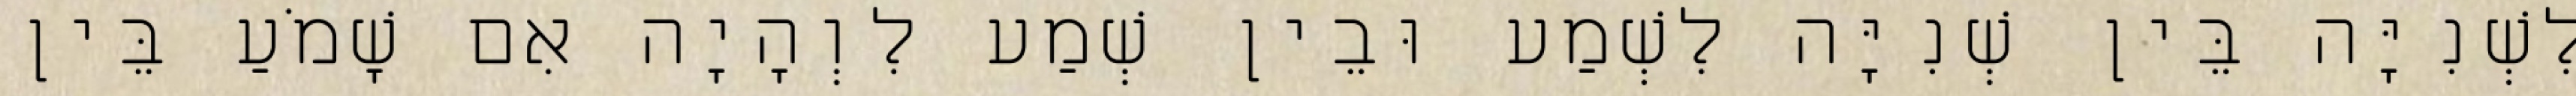
לִשְׁנִיָּה בֵּין שְׁנִיָּה לִשְׁמַע וּבֵין שְׁמַע לִוְהָיָה אִם שָׁמֹעַ בֵּין